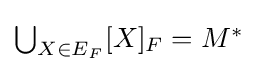
{\textstyle \bigcup _{X\in E_{F}}[X]_{F}=M^{\ast }}